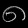
Digit: ၈